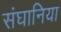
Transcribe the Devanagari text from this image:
संघानिया